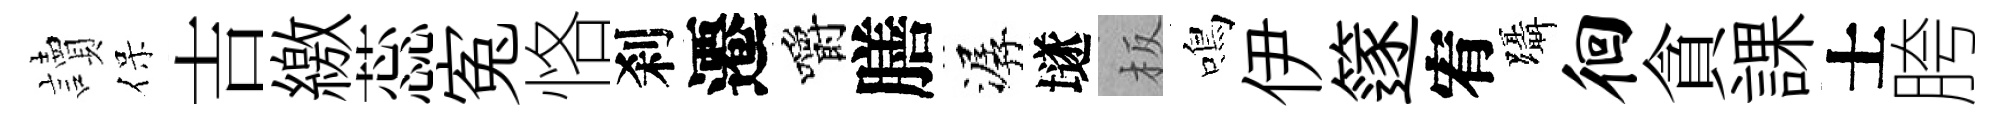
讀保吉繳蕊寃恪刹遷嚼膳潺𡑞板鳴伊篴宥躡徊貪課士胯